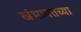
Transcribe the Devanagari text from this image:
खंभायतच्या